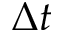
\Delta t